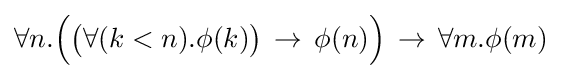
\forall n.{\Big (}{\big (}\forall (k<n).\phi (k){\big )}\,\to \,\phi (n){\Big )}\,\to \,\forall m.\phi (m)